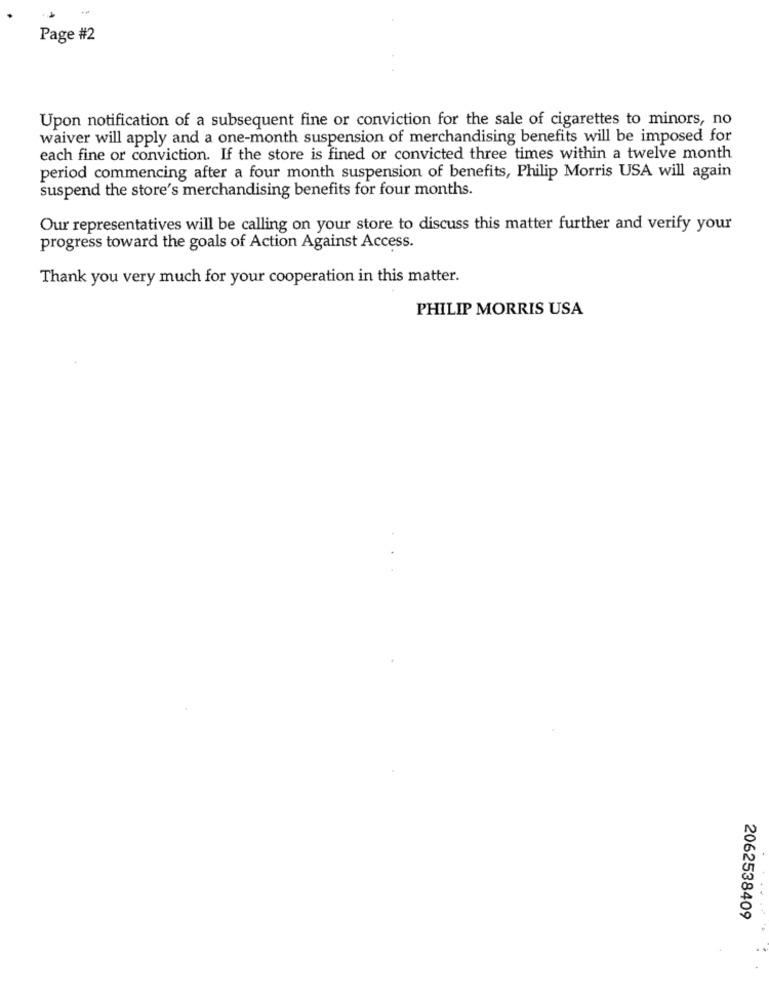
Page #2
Upon notification of a subsequent fine or conviction for the sale of cigarettes to minors, no
waiver will apply and a one-month suspension of merchandising benefits will be imposed for
each fine or conviction. If the store is fined or convicted three times within a twelve month
period commencing after a four month suspension of benefits, Philip Morris USA will again
suspend the store's merchandising benefits for four months.
Our representatives will be calling on your store to discuss this matter further and verify your
progress toward the goals of Action Against Access.
Thank you very much for your cooperation in this matter.
PHILIP MORRIS USA
2062538409